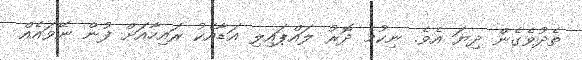
ތެދުވެގެން ދިޔަ އެވެ. ނިކުމެ ދޮރު ލައްޕައިލި އަޑާއެކު ރައިހާއަށް ފުން ނޭވައެއް